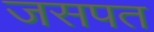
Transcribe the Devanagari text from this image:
जसपत